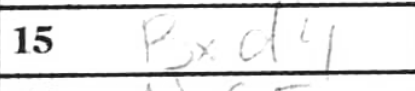
Transcription: Bxd4